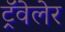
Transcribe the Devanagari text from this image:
ट्रॅवेलेर